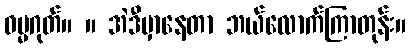
ဓမ္မဂုတ်။ ။ အဲဒီမှာနေတာ ဘယ်လောက်ကြာတုန်း။